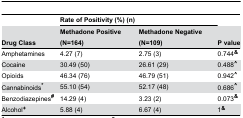
<table><thead><tr><td></td><td colspan="2"><b>Rate of Positivity (%) (n)</b></td><td></td></tr><tr><td><b>Drug Class</b></td><td><b>Methadone Positive (N=164)</b></td><td><b>Methadone Negative (N=109)</b></td><td><b>P value</b></td></tr></thead><tbody><tr><td>Amphetamines</td><td>4.27 (7) </td><td>2.75 (3)</td><td>0.744<b><sup>&amp;</sup></b></td></tr><tr><td>Cocaine</td><td>30.49 (50)</td><td>26.61 (29)</td><td>0.488<b><sup>^</sup></b></td></tr><tr><td>Opioids</td><td>46.34 (76)</td><td>46.79 (51)</td><td>0.942<b><sup>^</sup></b></td></tr><tr><td>Cannabinoids<b><sup>*</sup></b></td><td>55.10 (54)</td><td>52.17 (48)</td><td>0.686<b><sup>^</sup></b></td></tr><tr><td>Benzodiazepines<b><sup>#</sup></b></td><td>14.29 (4)</td><td>3.23 (2)</td><td>0.073<b><sup>&amp;</sup></b></td></tr><tr><td>Alcohol<b><sup>+</sup></b></td><td>5.88 (4)</td><td>6.67 (4)</td><td>1<b><sup>&amp;</sup></b></td></tr></tbody></table>